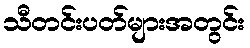
သီတင်းပတ်များအတွင်း